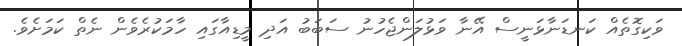
ވަކިގޮތެއް ކަނޑަނާޅަނީސް އޭނާ ވަޅުލަންޖެހުނު ސަބަބު އަދި މީޑިއާގައި ހާމަކުރެވެން ނެތް ކަމަށެވެ.